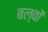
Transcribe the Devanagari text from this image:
बल्वों